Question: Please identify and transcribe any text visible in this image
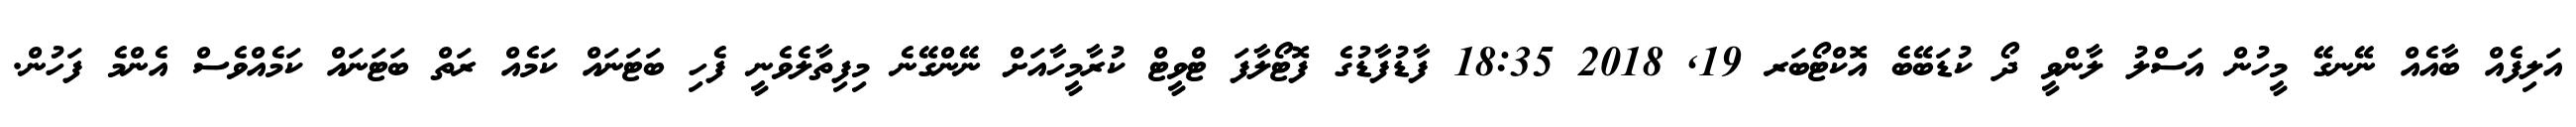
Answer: އަލިފެއް ބާއެއް ނޭނގޭ މީހުން އަސްލު ލާންވީ ދޯ ކުޑަބޭބެ އޮކްޓޯބަރ 19, 2018 18:35 ފާޑުފާޑުގެ ފޮޓޯލާފަ ޓްވީޓް ކުރާމީހާއަށް ނޭންގޭނެ މިފިތާލެވެނީ ފެހި ބަޓަނައް ކަމެއް ރަތް ބަޓަނައް ކަމެއްވެސް އެންމެ ފަހުން.